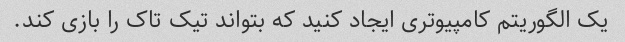
یک الگوریتم کامپیوتری ایجاد کنید که بتواند تیک تاک را بازی کند.